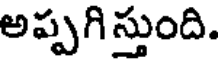
అప్పగి స్తుంది.